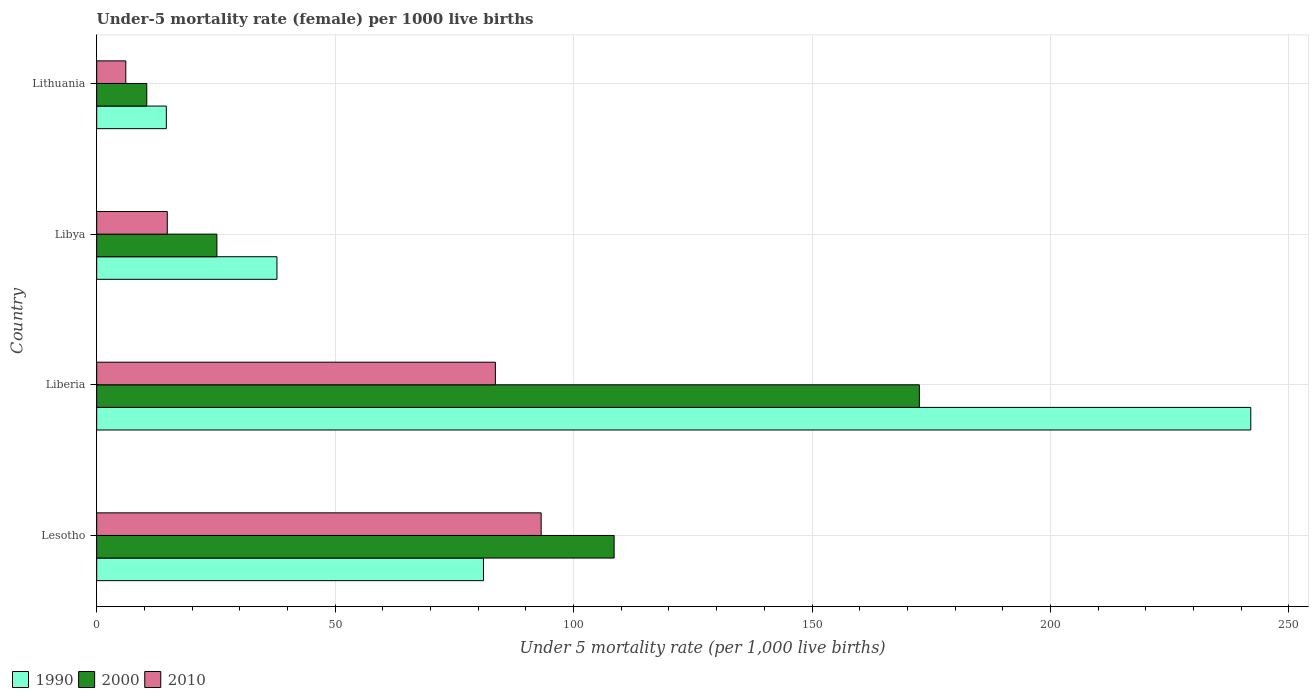
| Country | 1990 | 2000 | 2010 |
 | --- | --- | --- | --- |
 | Lesotho | 81.1 | 108 | 93.2 |
 | Liberia | 242 | 172 | 83.6 |
 | Libya | 37.8 | 25.2 | 14.8 |
 | Lithuania | 14.6 | 10.5 | 6.1 |